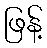
ဖြန့်